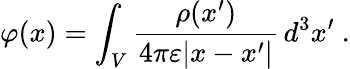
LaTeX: \varphi(x)=\int_{V}{\frac{\rho(x^{\prime})}{4\pi\varepsilon|x-x^{\prime}|}}\, d^{3}x^{\prime}~.